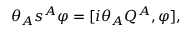
\theta _ { A } s ^ { A } \varphi = { [ i \theta _ { A } Q ^ { A } , \varphi ] } ,